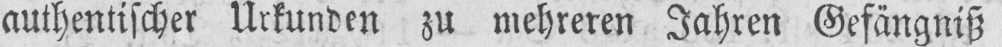
authentischer Urkunden zu mehreren Jahren Gefängniß